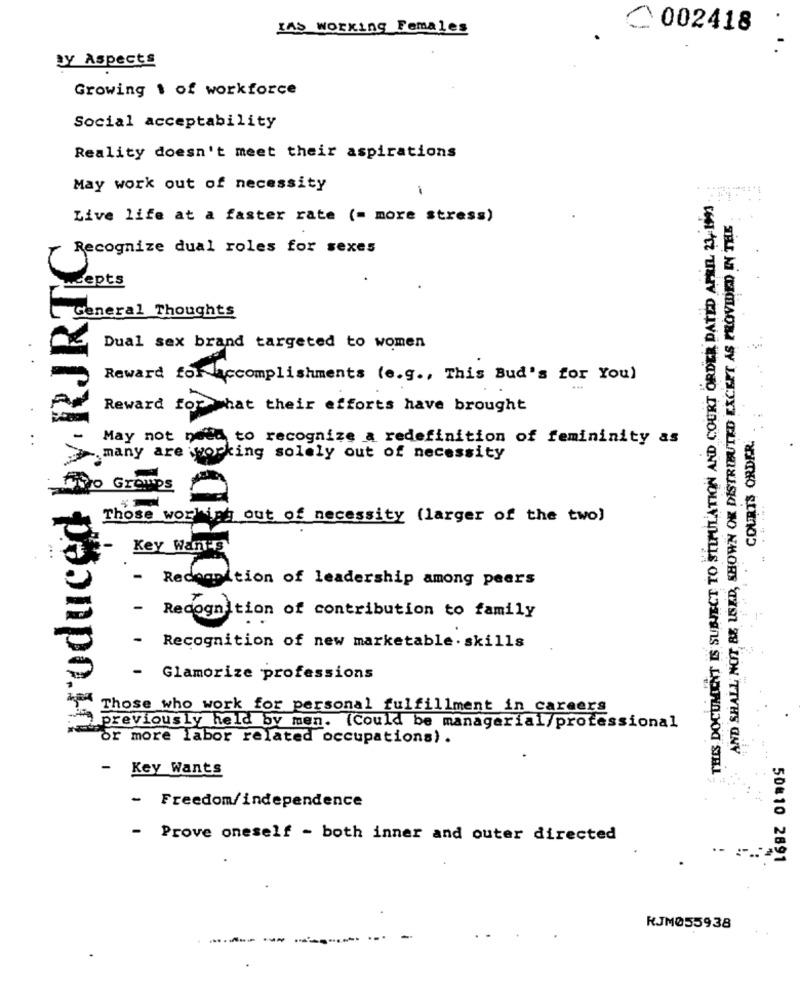
IAS Working Females
002418
BY Aspects
Growing 1 of workforce
Social acceptability
Reality doesn't meet their aspirations
May work out of necessity
1
THIS DOCUMENT IS SUBJECT TO STIPULATION AND COURT ORDER DATED APRIL 23, 1991
Live life at a faster rate (= more stress)
AND SHALL NOT BE USED, SHOWN OR DISTRIBUTED EXCEPT AS PROVIDED IN THE
Recognize dual roles for sexes
wcepts
General Thoughts
Dual sex brand targeted to women
Reward for accomplishments (e.g ., This Bud's for You)
produced by I
Reward for that their efforts have brought
COURTS ORDER.
..
May not need to recognize a redefinition of femininity as
many are working solely out of necessity
Those working out of necessity (larger of the two)
Key Wants
-
Recognition of leadership among peers
- Recognition of contribution to family
Recognition of new marketable . skills
-
Glamorize professions
Those who work for personal fulfillment in careers
previously held by men. (Could be managerial/professional
or more labor related occupations) .
-
Key Wants
-
Freedom/independence
Prove oneself - both inner and outer directed
50#10 2891
RJM055938